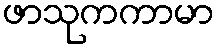
ဖာသုကကာမာ